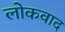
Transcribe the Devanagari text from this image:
लोकवाद